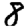
Digit: 8